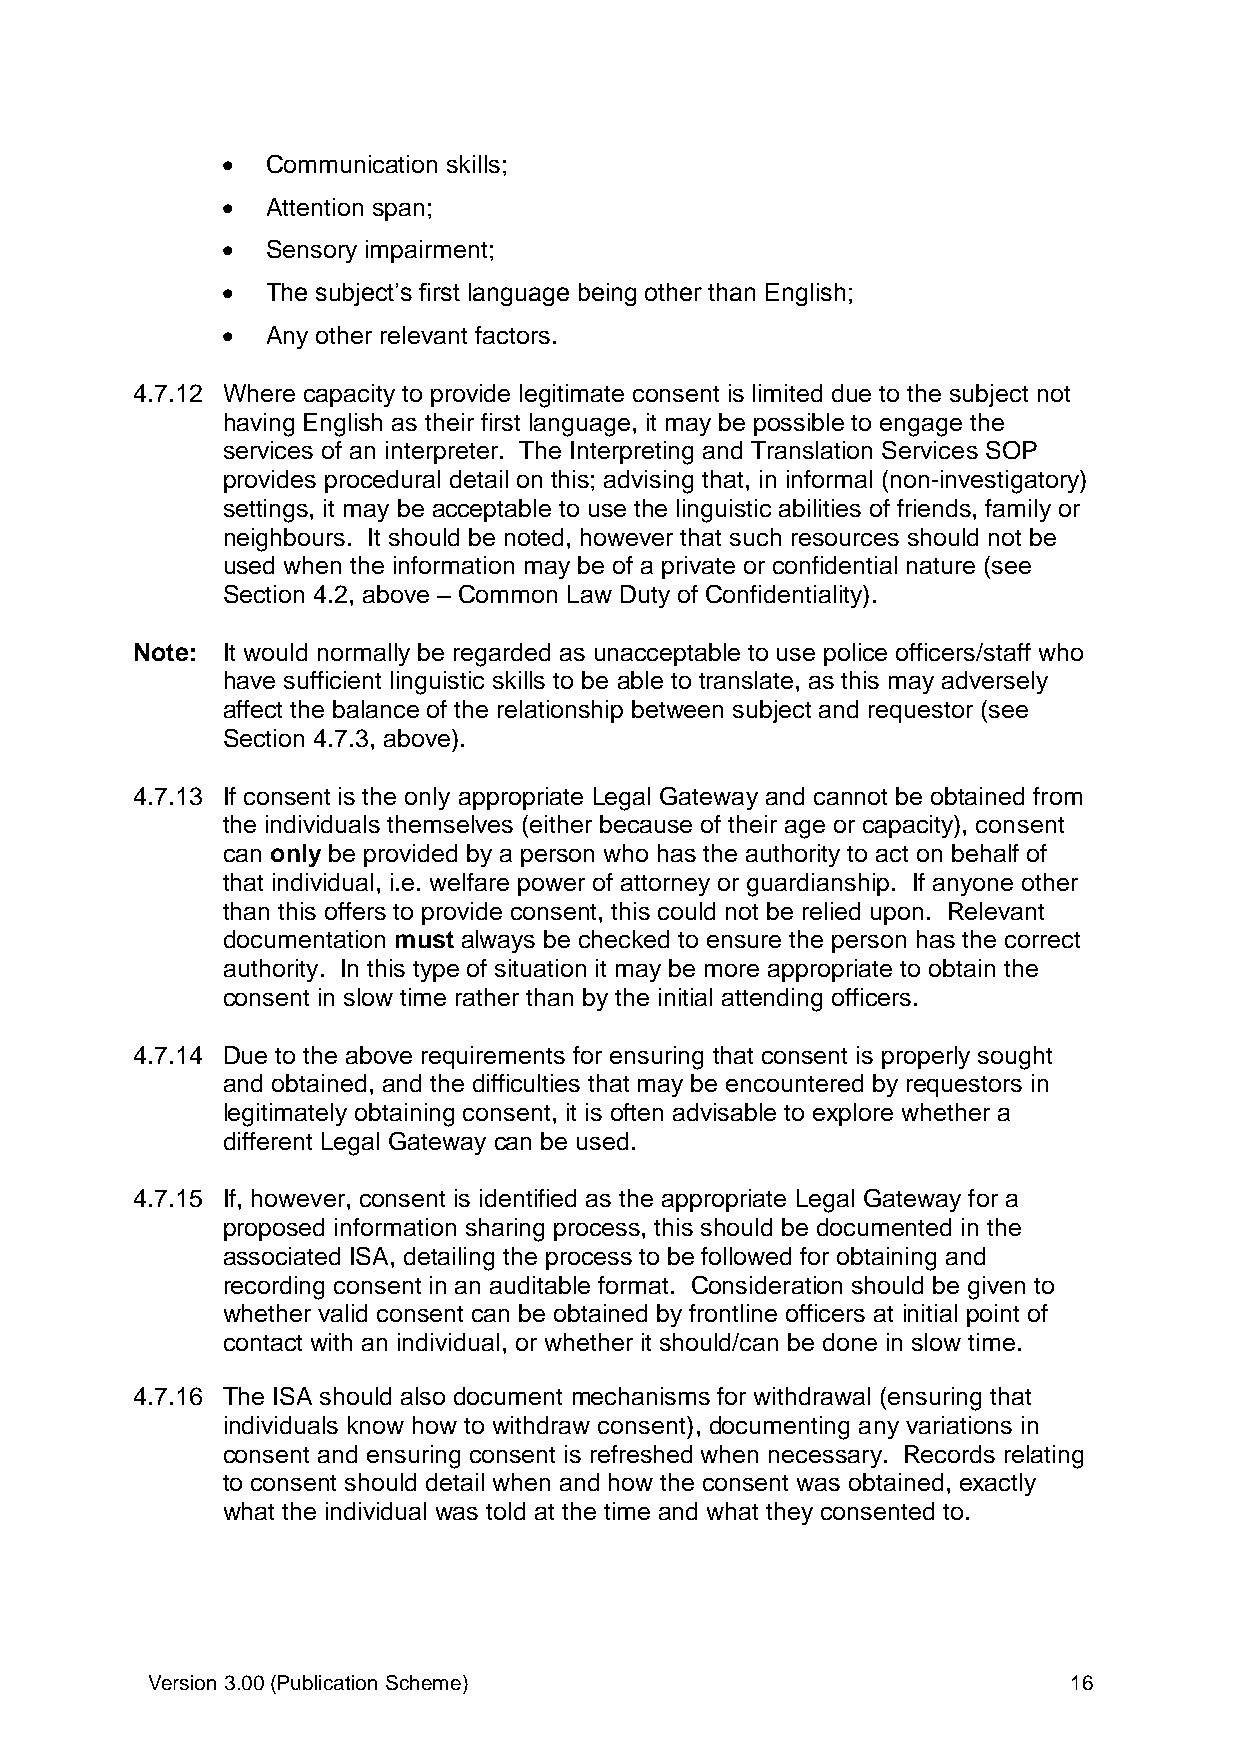
  Communication skills;
   Attention span;
   Sensory impairment;
   The subject’s first language being other than English;
   Any other relevant factors.
 4.7.12 Where capacity to provide legitimate consent is limited due to the subject not
 having English as their first language, it may be possible to engage the
 services of an interpreter. The Interpreting and Translation Services SOP
 provides procedural detail on this; advising that, in informal (non-investigatory)
 settings, it may be acceptable to use the linguistic abilities of friends, family or
 neighbours. It should be noted, however that such resources should not be
 used when the information may be of a private or confidential nature (see
 Section 4.2, above – Common Law Duty of Confidentiality).
 Note: It would normally be regarded as unacceptable to use police officers/staff who
 have sufficient linguistic skills to be able to translate, as this may adversely
 affect the balance of the relationship between subject and requestor (see
 Section 4.7.3, above).
 4.7.13 If consent is the only appropriate Legal Gateway and cannot be obtained from
 the individuals themselves (either because of their age or capacity), consent
 can only be provided by a person who has the authority to act on behalf of
 that individual, i.e. welfare power of attorney or guardianship. If anyone other
 than this offers to provide consent, this could not be relied upon. Relevant
 documentation must always be checked to ensure the person has the correct
 authority. In this type of situation it may be more appropriate to obtain the
 consent in slow time rather than by the initial attending officers.
 4.7.14 Due to the above requirements for ensuring that consent is properly sought
 and obtained, and the difficulties that may be encountered by requestors in
 legitimately obtaining consent, it is often advisable to explore whether a
 different Legal Gateway can be used.
 4.7.15 If, however, consent is identified as the appropriate Legal Gateway for a
 proposed information sharing process, this should be documented in the
 associated ISA, detailing the process to be followed for obtaining and
 recording consent in an auditable format. Consideration should be given to
 whether valid consent can be obtained by frontline officers at initial point of
 contact with an individual, or whether it should/can be done in slow time.
 4.7.16 The ISA should also document mechanisms for withdrawal (ensuring that
 individuals know how to withdraw consent), documenting any variations in
 consent and ensuring consent is refreshed when necessary. Records relating
 to consent should detail when and how the consent was obtained, exactly
 what the individual was told at the time and what they consented to.
 Version 3.00 (Publication Scheme)                            16